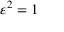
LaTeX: \varepsilon ^ { 2 } = 1